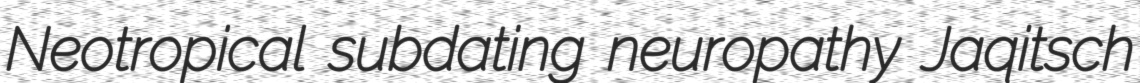
Neotropical subdating neuropathy Jaqitsch